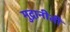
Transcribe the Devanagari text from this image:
मुद्रानीती